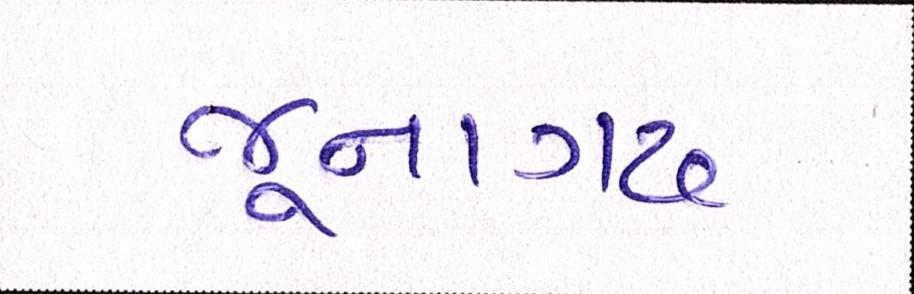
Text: જૂનાગઢ